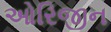
ઓરિજીન